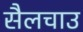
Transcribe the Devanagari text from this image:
सैलचाउ